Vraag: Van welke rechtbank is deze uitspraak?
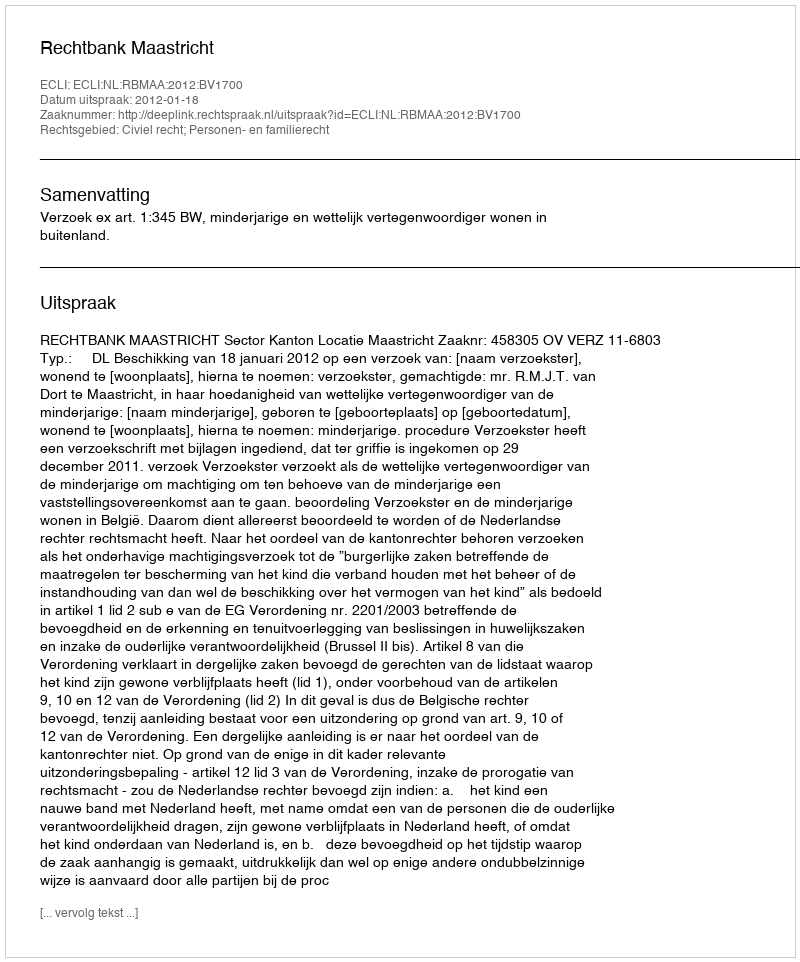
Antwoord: Rechtbank Maastricht